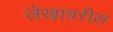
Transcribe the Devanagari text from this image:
लेखावरील